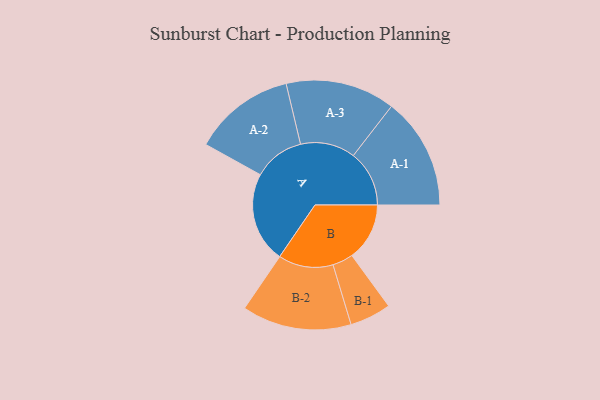
{"axis": {"x": "Segment", "y": "Value"}, "legend": ["", "A", "B"], "data": [{"x": "A", "y": 473, "type": ""}, {"x": "B", "y": 301, "type": ""}, {"x": "A-1", "y": 292, "type": "A"}, {"x": "A-2", "y": 266, "type": "A"}, {"x": "A-3", "y": 286, "type": "A"}, {"x": "B-1", "y": 108, "type": "B"}, {"x": "B-2", "y": 286, "type": "B"}]}